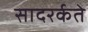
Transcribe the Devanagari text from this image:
सादरर्कते